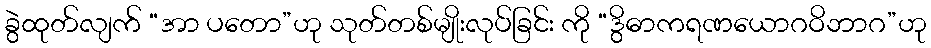
ခွဲထုတ်လျက် “အာ ပတော”ဟု သုတ်တစ်မျိုးလုပ်ခြင်း ကို “ဒွိဓာကရဏယောဂဝိဘာဂ”ဟု